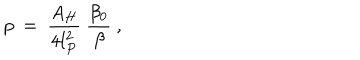
p ~ = ~ { \frac { A _ { H } } { 4 l _ { P } ^ { 2 } } } ~ { \frac { \beta _ { 0 } } { \beta } } ~ ,